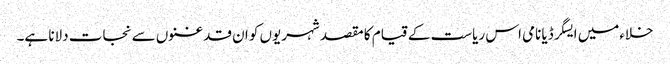
خلاءمیں ایسگرڈیا نامی اس ریاست کے قیام کا مقصد شہریوں کو ان قدغنوں سے نجات دلانا ہے۔